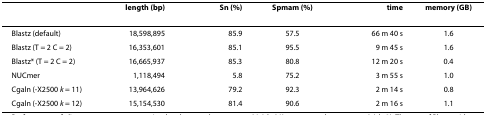
<table><thead><tr><td></td><td><b>length (bp)</b></td><td><b>Sn (%)</b></td><td><b>Sp<sub><i>mam </i></sub>(%)</b></td><td><b>time</b></td><td><b>memory (GB)</b></td></tr></thead><tbody><tr><td>Blastz (default)</td><td>18,598,895</td><td>85.9</td><td>57.5</td><td>66 m 40 s</td><td>1.6</td></tr><tr><td>Blastz (T = 2 C = 2)</td><td>16,353,601</td><td>85.1</td><td>95.5</td><td>9 m 45 s</td><td>1.6</td></tr><tr><td>Blastz* (T = 2 C = 2)</td><td>16,665,937</td><td>85.3</td><td>80.8</td><td>12 m 20 s</td><td>0.4</td></tr><tr><td>NUCmer</td><td>1,118,494</td><td>5.8</td><td>75.2</td><td>3 m 55 s</td><td>1.0</td></tr><tr><td>Cgaln (-X2500 <i>k </i>= 11)</td><td>13,964,626</td><td>79.2</td><td>92.3</td><td>2 m 14 s</td><td>0.8</td></tr><tr><td>Cgaln (-X2500 <i>k </i>= 12)</td><td>15,154,530</td><td>81.4</td><td>90.6</td><td>2 m 16 s</td><td>1.1</td></tr></tbody></table>